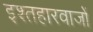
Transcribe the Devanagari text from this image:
इश्तहारवाजों